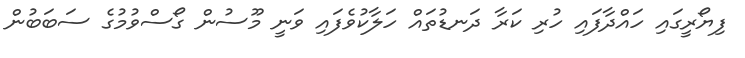
ފިޔޯރީގައި ހައްދާފައި ހުރި ކަރާ ދަނޑުތައް ހަލާކުވެފައި ވަނީ މޫސުން ގޯސްވުމުގެ ސަބަބުން